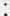
: